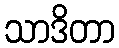
သာဒိတာ